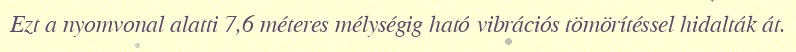
Ezt a nyomvonal alatti 7,6 méteres mélységig ható vibrációs tömörítéssel hidalták át.